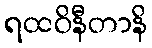
ရထဝိနီတာနိ